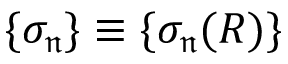
\{ \sigma _ { \mathfrak { n } } \} \equiv \{ \sigma _ { \mathfrak { n } } ( R ) \}